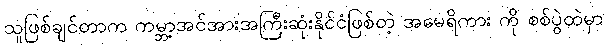
သူဖြစ်ချင်တာက ကမ္ဘာ့အင်အားအကြီးဆုံးနိုင်ငံဖြစ်တဲ့ အမေရိကား ကို စစ်ပွဲထဲမှာ